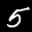
Label: 5